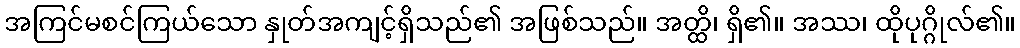
အကြင်မစင်ကြယ်သော နှုတ်အကျင့်ရှိသည်၏ အဖြစ်သည်။ အတ္ထိ၊ ရှိ၏။ အဿ၊ ထိုပုဂ္ဂိုလ်၏။